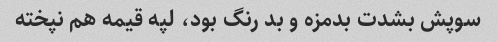
سوپش بشدت بدمزه و بد رنگ بود، لپه قیمه هم نپخته